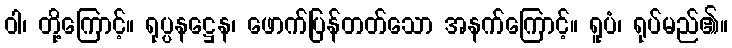
ဝါ၊ တို့ကြောင့်။ ရုပ္ပနဋ္ဌေန၊ ဖောက်ပြန်တတ်သော အနက်ကြောင့်။ ရူပံ၊ ရုပ်မည်၏။